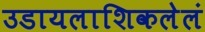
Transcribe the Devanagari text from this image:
उडायलाशिकलेलं